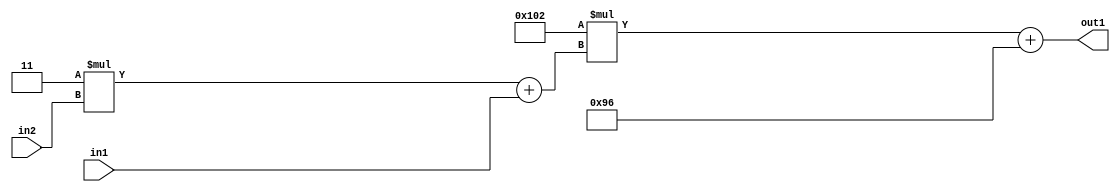
`timescale 1ps / 1ps
/*****************************************************************************
    Verilog RTL Description
    
    
    Created by: Stratus DpOpt 2019.1.01 
*******************************************************************************/

module DC_Filter_Add2i150Mul2i258Add2u1Mul2i3u2_1 (
	in2,
	in1,
	out1
	); /* architecture "behavioural" */ 
input [1:0] in2;
input  in1;
output [11:0] out1;
wire [11:0] asc001;
wire [3:0] asc002;

wire [3:0] asc002_tmp_0;
assign asc002_tmp_0 = 
	+(4'B0011 * in2);
assign asc002 = asc002_tmp_0
	+(in1);

wire [11:0] asc001_tmp_1;
assign asc001_tmp_1 = 
	+(12'B000100000010 * asc002);
assign asc001 = asc001_tmp_1
	+(12'B000010010110);

assign out1 = asc001;
endmodule

/* CADENCE  v7X0QwE= : u9/ySgnWtBlWxVPRXgAZ4Og= ** DO NOT EDIT THIS LINE ******/